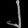
Digit: ၂